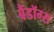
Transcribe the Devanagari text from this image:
बैडॉग्स